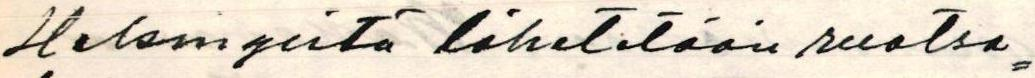
Helsingistä lähetetään ruotsa=